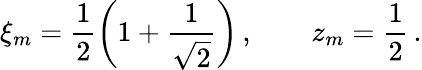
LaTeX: \xi_{m}=\frac 12\left(1+\frac 1{\sqrt{2}}\right)\, ,\qquad z_{m}=\frac 12\, .